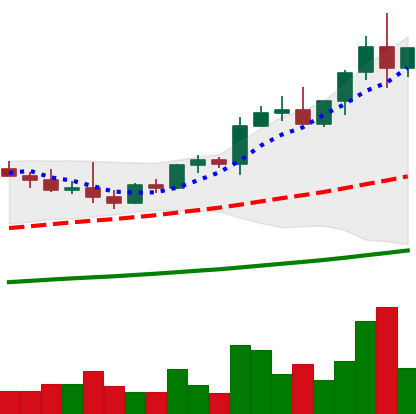
Ticker: NEO-USD
Chart end date: 2021-04-08
Forward return: 5.54%
Label: up_5_7